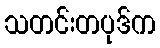
သတင်းတပုဒ်က